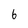
Character: 6